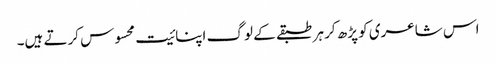
اس شاعری کو پڑھ کر ہر طبقے کے لوگ اپنائیت محسوس کرتے ہیں۔